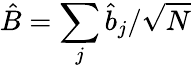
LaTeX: \hat{B}=\sum_{j}\hat{b}_{j}/\sqrt{N}